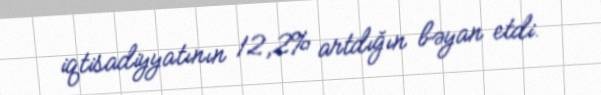
iqtisadiyyatının 12,2% artdığın bəyan etdi.